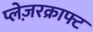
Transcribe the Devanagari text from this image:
प्लेज़रक्राफ्ट